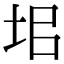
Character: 𡊊